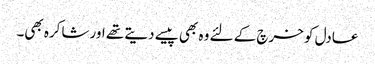
عادل کو خرچ کے لئے وہ بھی پیسے دیتے تھے اور شاکرہ بھی۔